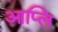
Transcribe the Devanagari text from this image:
आप्लि